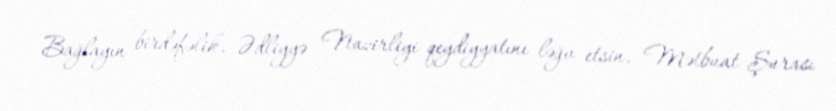
Bağlayın birdəfəlik, Ədliyyə Nazirliyi qeydiyyatını ləğv etsin, Mətbuat Şurası